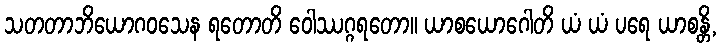
သတတာဘိယောဂဝသေန ရတောတိ ဝေါဿဂ္ဂရတော။ ယာစယောဂေါတိ ယံ ယံ ပရေ ယာစန္တိ,